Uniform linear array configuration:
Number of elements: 32
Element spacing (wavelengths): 0.5
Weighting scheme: binomial
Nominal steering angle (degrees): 0
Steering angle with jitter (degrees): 0.6113
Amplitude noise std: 0.05
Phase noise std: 0.05

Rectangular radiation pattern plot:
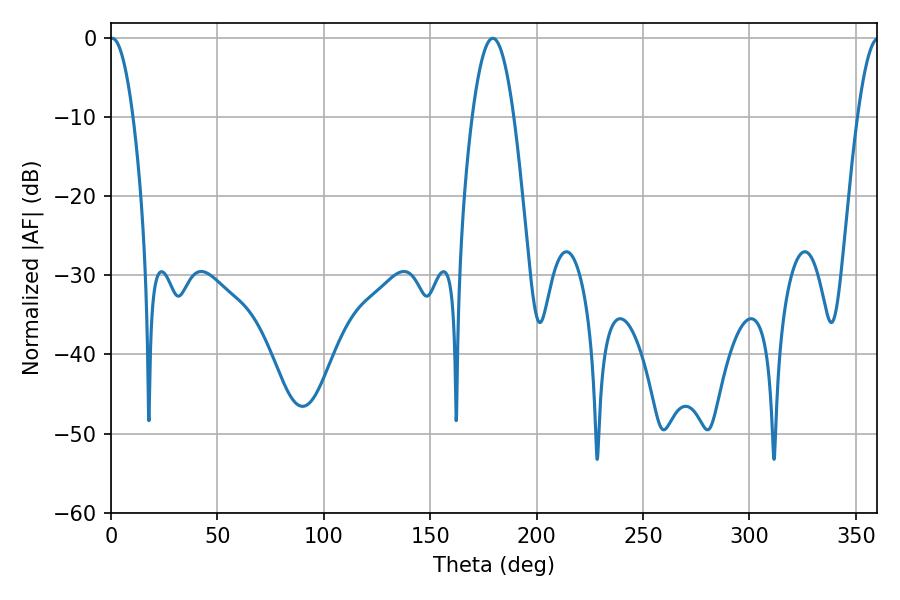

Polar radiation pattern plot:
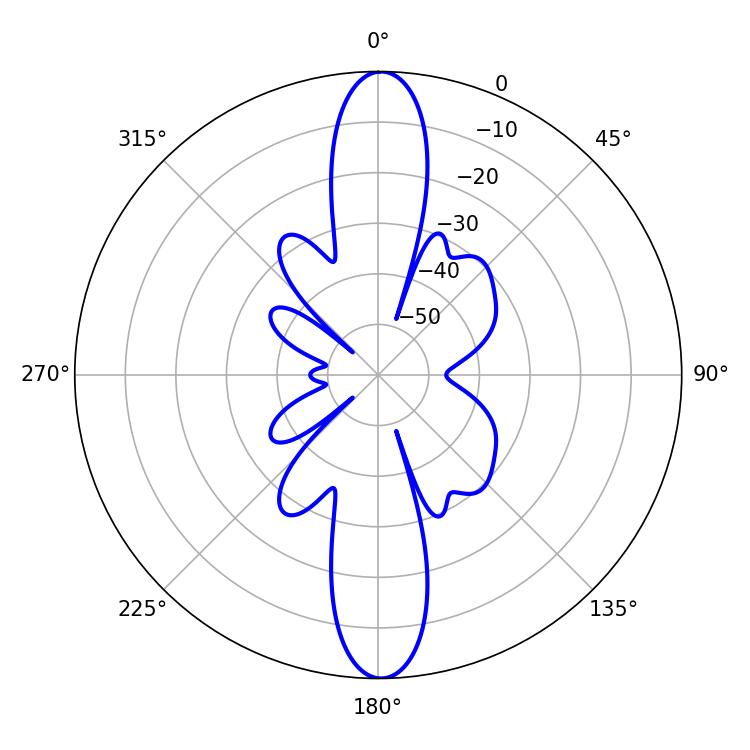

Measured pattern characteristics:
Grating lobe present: FALSE
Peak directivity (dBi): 27.013
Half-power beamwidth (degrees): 5.94
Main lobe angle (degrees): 0.54